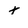
Character: t